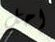
احل